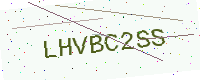
Text: LHVBC2SS